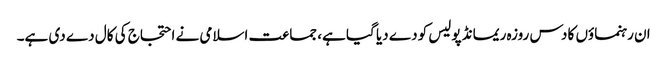
ان رہنماؤں کا دس روزہ ریمانڈ پولیس کو دے دیا گیا ہے، جماعت اسلامی نے احتجاج کی کال دے دی ہے۔